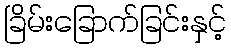
ခြိမ်းခြောက်ခြင်းနှင့်